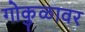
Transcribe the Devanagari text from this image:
गोकुळावर